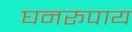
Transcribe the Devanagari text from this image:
घनरूपाय